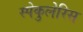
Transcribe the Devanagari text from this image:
स्पेकुलेरिस